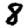
Digit: 8